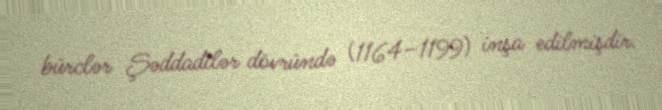
bürclər Şəddadilər dövründə (1164–1199) inşa edilmişdir.